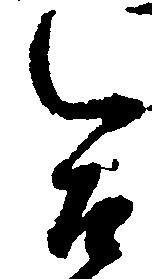
合